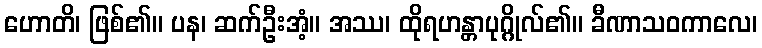
ဟောတိ၊ ဖြစ်၏။ ပန၊ ဆက်ဦးအံ့။ အဿ၊ ထိုရဟန္တာပုဂ္ဂိုလ်၏။ ခီဏာသဝကာလေ၊